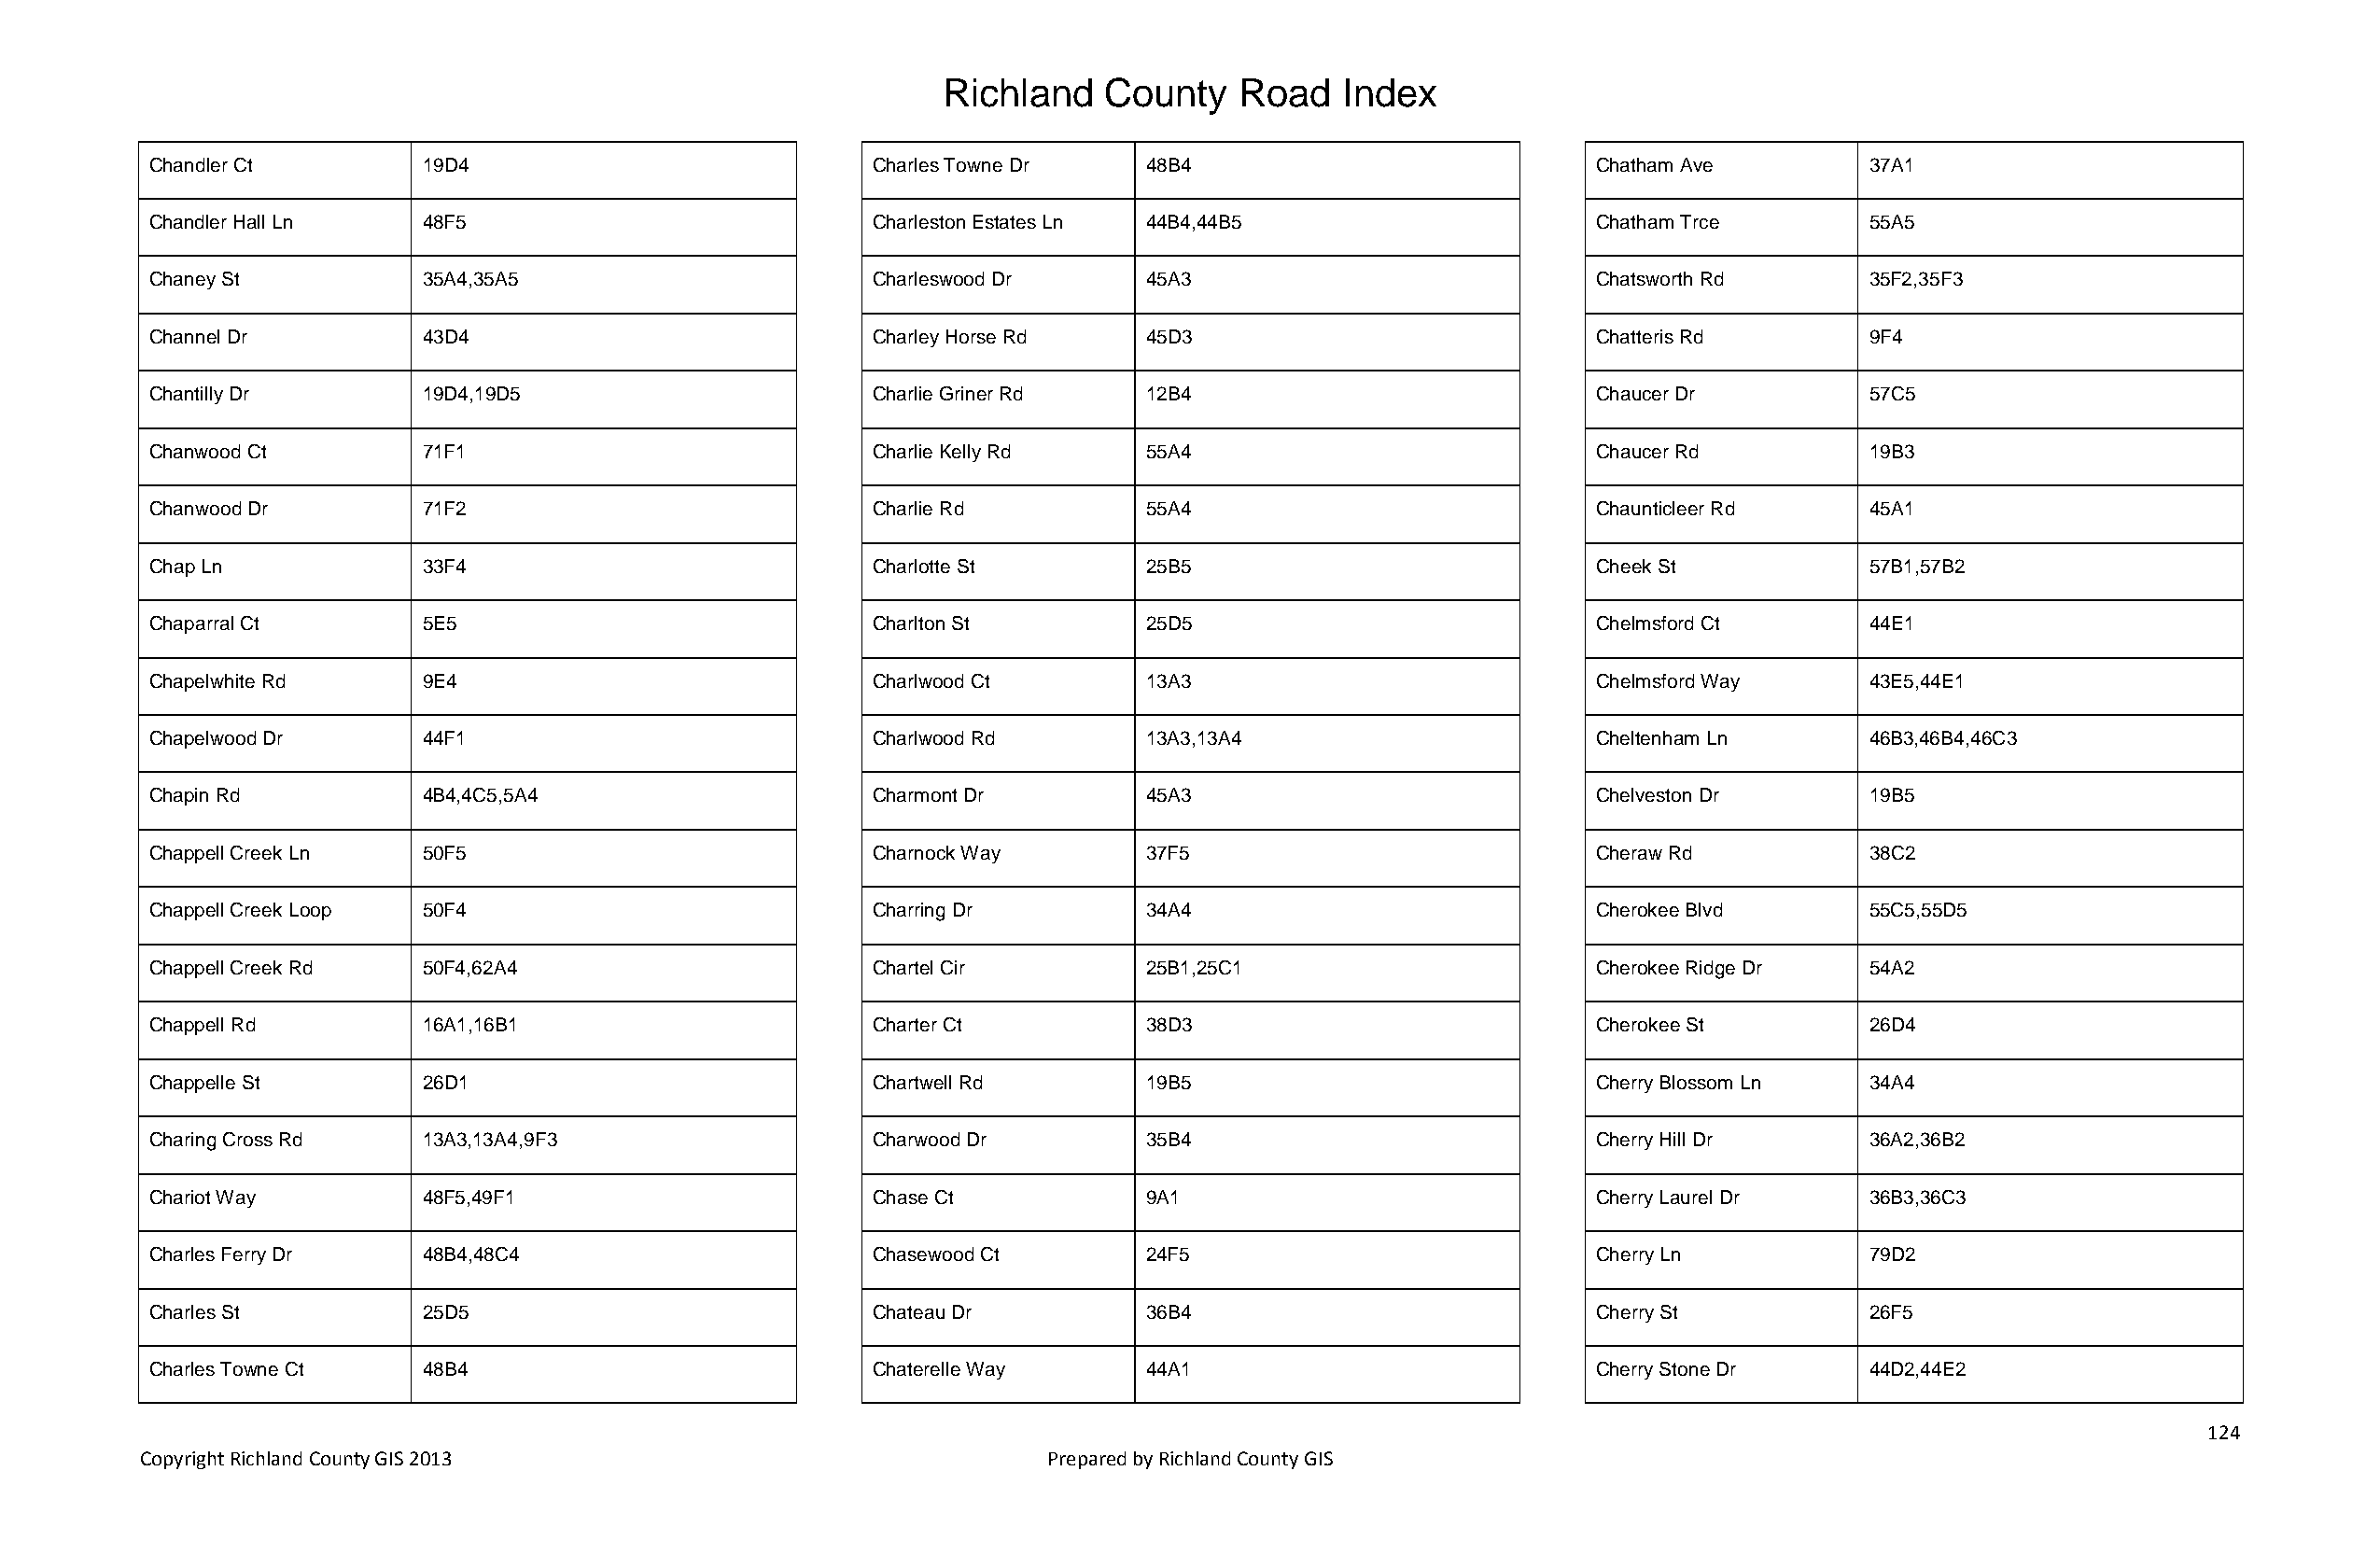
Richland   County    Road   Index
 Chandler Ct        19D4                            Charles Towne Dr   48B4                            Chatham Ave         37A1
 Chandler Hall Ln   48F5                            Charleston Estates Ln 44B4,44B5                    Chatham Trce        55A5
 Chaney St          35A4,35A5                       Charleswood Dr     45A3                            Chatsworth Rd       35F2,35F3
 Channel Dr         43D4                            Charley Horse Rd   45D3                            Chatteris Rd        9F4
 Chantilly Dr       19D4,19D5                       Charlie Griner Rd  12B4                            Chaucer Dr          57C5
 Chanwood Ct        71F1                            Charlie Kelly Rd   55A4                            Chaucer Rd          19B3
 Chanwood Dr        71F2                            Charlie Rd         55A4                            Chaunticleer Rd     45A1
 Chap Ln            33F4                            Charlotte St       25B5                            Cheek St            57B1,57B2
 Chaparral Ct       5E5                             Charlton St        25D5                            Chelmsford Ct       44E1
 Chapelwhite Rd     9E4                             Charlwood Ct       13A3                            Chelmsford Way      43E5,44E1
 Chapelwood Dr      44F1                            Charlwood Rd       13A3,13A4                       Cheltenham Ln       46B3,46B4,46C3
 Chapin Rd          4B4,4C5,5A4                     Charmont Dr        45A3                            Chelveston Dr       19B5
 Chappell Creek Ln  50F5                            Charnock Way       37F5                            Cheraw Rd           38C2
 Chappell Creek Loop 50F4                           Charring Dr        34A4                            Cherokee Blvd       55C5,55D5
 Chappell Creek Rd  50F4,62A4                       Chartel Cir        25B1,25C1                       Cherokee Ridge Dr   54A2
 Chappell Rd        16A1,16B1                       Charter Ct         38D3                            Cherokee St         26D4
 Chappelle St       26D1                            Chartwell Rd       19B5                            Cherry Blossom Ln   34A4
 Charing Cross Rd   13A3,13A4,9F3                   Charwood Dr        35B4                            Cherry Hill Dr      36A2,36B2
 Chariot Way        48F5,49F1                       Chase Ct           9A1                             Cherry Laurel Dr    36B3,36C3
 Charles Ferry Dr   48B4,48C4                       Chasewood Ct       24F5                            Cherry Ln           79D2
 Charles St         25D5                            Chateau Dr         36B4                            Cherry St           26F5
 Charles Towne Ct   48B4                            Chaterelle Way     44A1                            Cherry Stone Dr     44D2,44E2
 124
 Copyright Richland County GIS 2013                              Prepared by Richland County GIS